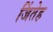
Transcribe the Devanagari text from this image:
जिंतेह